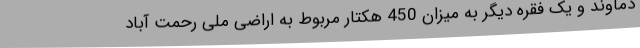
دماوند و یک فقره دیگر به میزان 450 هکتار مربوط به اراضی ملی رحمت آباد